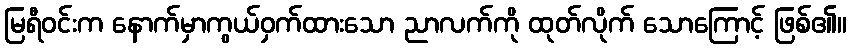
မြရီဝင်းက နောက်မှာကွယ်ဝှက်ထားသော ညာလက်ကို ထုတ်လိုက် သောကြောင့် ဖြစ်၏။